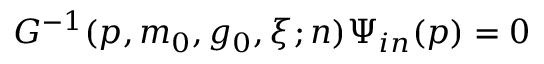
G ^ { - 1 } ( p , m _ { 0 } , g _ { 0 } , \xi ; n ) \Psi _ { i n } ( p ) = 0